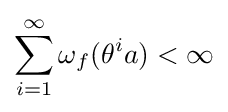
\sum _{i=1}^{\infty }\omega _{f}(\theta ^{i}a)<\infty